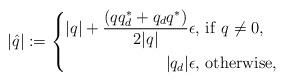
LaTeX: \begin{align*} |\hat q| := \left\{ \begin{aligned} |q| + {(qq_d^*+q_d q^*) \over 2|q|}\epsilon, & \ {\rm if}\ q \not = 0, \\|q_d|\epsilon, & \ {\rm otherwise},\end{aligned} \right.\end{align*}